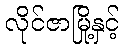
လိုင်ဇာမြို့နှင့်